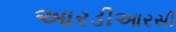
આરડીઆરસી